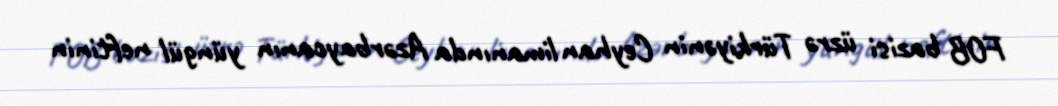
FOB bazisi üzrə Türkiyənin Ceyhan limanında Azərbaycanın yüngül neftinin